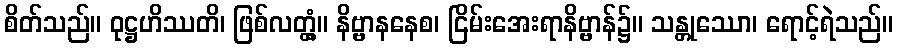
စိတ်သည်။ ဝုဋ္ဌဟိဿတိ၊ ဖြစ်လတ္တံ့။ နိဗ္ဗာနနေစ၊ ငြိမ်းအေးရာနိဗ္ဗာန်၌။ သန္တုဿော၊ ရောင့်ရဲသည်။